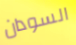
السودان